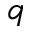
q